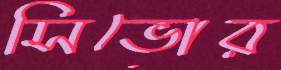
সিভোর